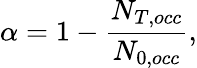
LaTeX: \alpha=1-\frac{N_{T,occ}}{N_{0,occ}},